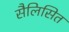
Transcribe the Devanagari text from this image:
सैलिसित